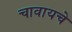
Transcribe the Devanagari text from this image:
चावायचे